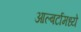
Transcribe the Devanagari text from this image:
आल्बर्टामध्ये